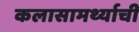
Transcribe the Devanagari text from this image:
कलासामर्थ्याची